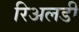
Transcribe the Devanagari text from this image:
रिअलडी